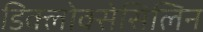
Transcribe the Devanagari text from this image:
डिक्लोक्सेसिलिन